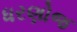
ધરણોજ